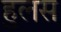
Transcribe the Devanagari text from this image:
हुलस